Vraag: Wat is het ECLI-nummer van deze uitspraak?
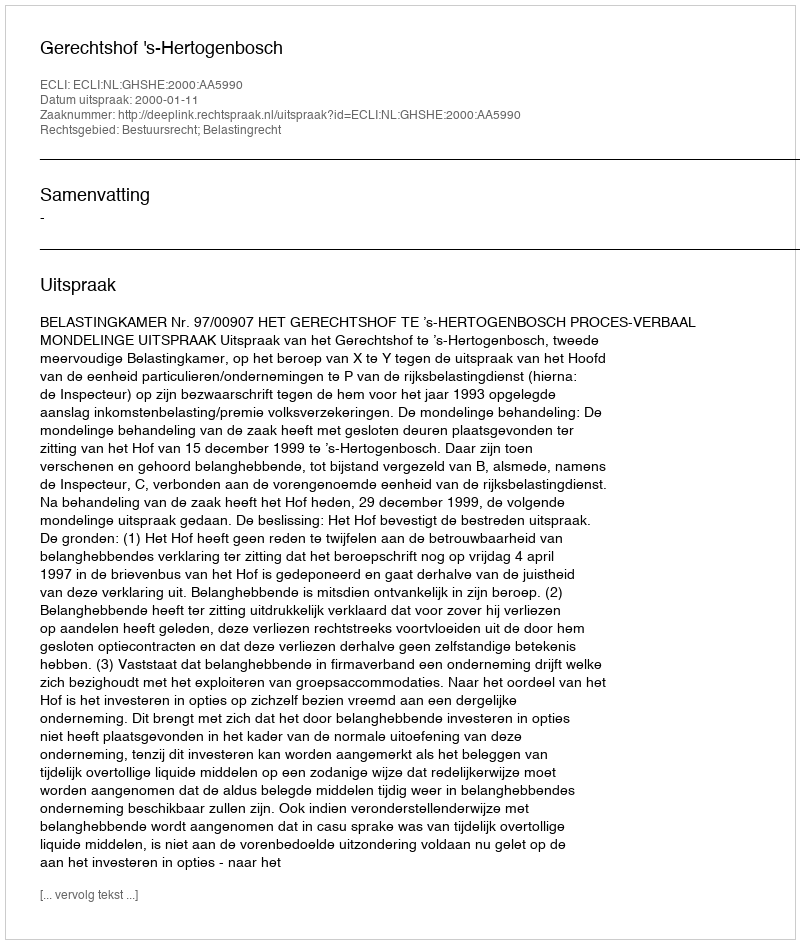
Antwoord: ECLI:NL:GHSHE:2000:AA5990